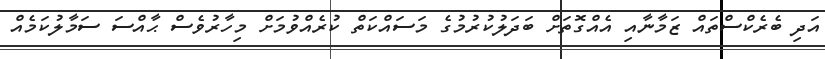
އަދި ބެރެކްސްތައް ޒަމާނާއި އެއްގޮތަށް ބަދަލުކުރުމުގެ މަސައްކަތް ކުރެއްވުމަށް މިހާރުވެސް ޙާއްސަ ސަމާލުކަމެއް